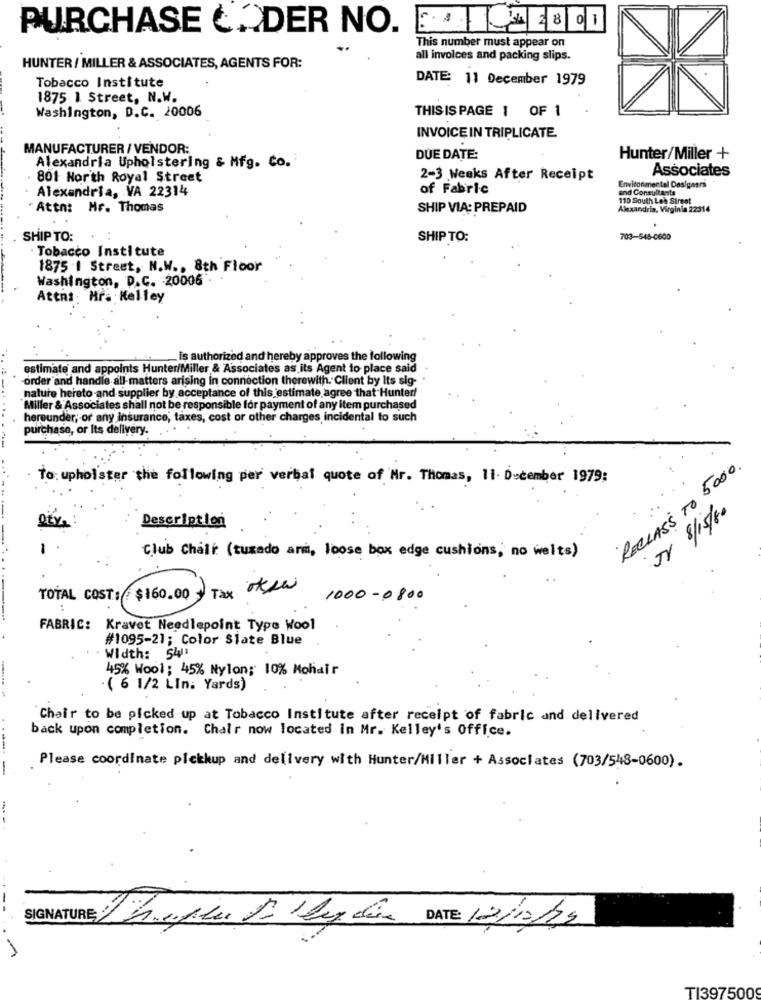
PURCHASE CADER NO.
DA 2801
This number must appear on
all invoices and packing slips.
HUNTER / MILLER & ASSOCIATES, AGENTS FOR:
DATE: 11 December 1979
Tobacco Institute
1875 1 Street, N.W.
Washington, D.C. 20006
THISIS PAGE 1 OF 1
INVOICE IN TRIPLICATE
MANUFACTURER / VENDOR:
Alexandria Upholstering & Mfg. Co.
DUE DATE:
Hunter/Miller +
Associates
801 North Royal Street
2-3 Weeks After Receipt
Environmental Designers
Alexandria, VA 22314
of Fabric
and Consultants
110 South Leh Street
Attn: Mr. Thomas
SHIP VIA: PREPAID
Alexandria, Virginia 22314
SHIP TO:
SHIP TO:
703-548-0600
Tobacco Institute
1875 I Street, N.W ., 8th Floor
Washington, D.C. 20006"
Attni: Hra Kelley
is authorized and hereby approves the following
estimate and appoints Hunter/Miller & Associates as its Agent to place said
order and handle all-matters arising in connection therewith. Client by Its sig-
nature hereto and supplier by acceptance of this estimate agree that Hunter!
Miller & Associates shall not be responsible for payment of any item purchased
hereunder; or any insurance, taxes, cost or other charges incidental to such
purchase, or Its delivery.
RECLASS TO 5000.
To: upholster the following per verbal quote of Mr. Thomas, 11. December 1979:
...
JV 8/15/80
Description
Club Chair (tuxedo arm, loose box edge cushions, no welts)
Tax okse
TOTAL COST: $160.00
1000-0800
FABRIC: Kravet Needlepoint Type Wool
#1095-21; Color Slate Blue
Width : 5411
45% Wool; 45% Nylon: 10% Mohair
( 6 1/2 LIn. Yards)
----- -
`Chair to be picked up at Tobacco Institute after receipt of fabric and delivered
back upon completion. Chair now located in Mr. Kelley's Office.
Please coordinate pickkup and delivery with Hunter/Miller + Associates (703/548-0600).
--
SIGNATURE: nepeut Lucía DATE: 12/12/29
TI3975009